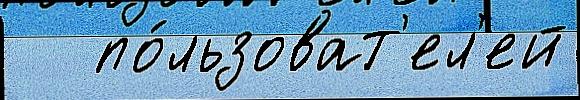
   по́льзоват'ел'ей